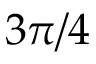
3 \pi / 4